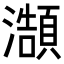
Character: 𭳥